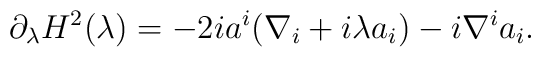
\partial_\lambda H^2(\lambda)=-2ia^i(\nabla_i+i\lambda a_i)-i\nabla^i a_i.